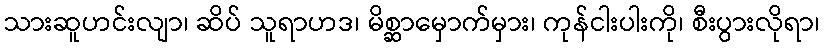
သားဆူဟင်းလျာ၊ ဆိပ် သူရာဟဒ၊ မိစ္ဆာမှောက်မှား၊ ကုန်ငါးပါးကို၊ စီးပွားလိုရာ၊